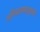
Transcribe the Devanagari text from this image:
अभियानकर्ताओं